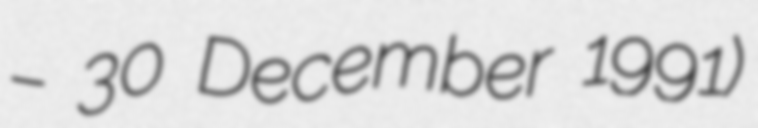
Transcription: – 30 December 1991)